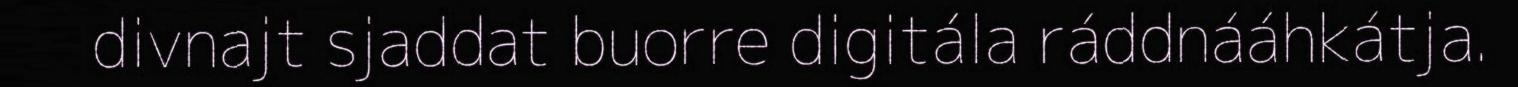
divnajt sjaddat buorre digitála ráddnááhkátja.